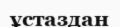
ұстаздан